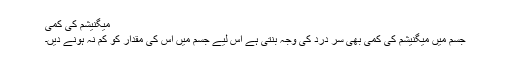
میگنیشم کی کمی
جسم میں میگنیشم کی کمی بھی سر درد کی وجہ بنتی ہے اس لیے جسم میں اس کی مقدار کو کم نہ ہونے دیں۔